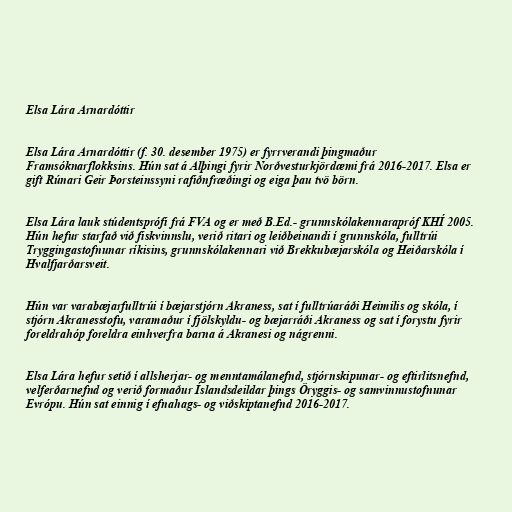
Elsa Lára Arnardóttir

Elsa Lára Arnardóttir (f. 30. desember 1975) er fyrrverandi þingmaður
Framsóknarflokksins. Hún sat á Alþingi fyrir Norðvesturkjördæmi frá 2016-2017. Elsa er
gift Rúnari Geir Þorsteinssyni rafiðnfræðingi og eiga þau tvö börn.

Elsa Lára lauk stúdentsprófi frá FVA og er með B.Ed.- grunnskólakennarapróf KHÍ 2005.
Hún hefur starfað við fiskvinnslu, verið ritari og leiðbeinandi í grunnskóla, fulltrúi
Tryggingastofnunar ríkisins, grunnskólakennari við Brekkubæjarskóla og Heiðarskóla í
Hvalfjarðarsveit.

Hún var varabæjarfulltrúi í bæjarstjórn Akraness, sat í fulltrúaráði Heimilis og skóla, í
stjórn Akranesstofu, varamaður í fjölskyldu- og bæjarráði Akraness og sat í forystu fyrir
foreldrahóp foreldra einhverfra barna á Akranesi og nágrenni.

Elsa Lára hefur setið í allsherjar- og menntamálanefnd, stjórnskipunar- og eftirlitsnefnd,
velferðarnefnd og verið formaður Íslandsdeildar þings Öryggis- og samvinnustofnunar
Evrópu. Hún sat einnig í efnahags- og viðskiptanefnd 2016-2017.